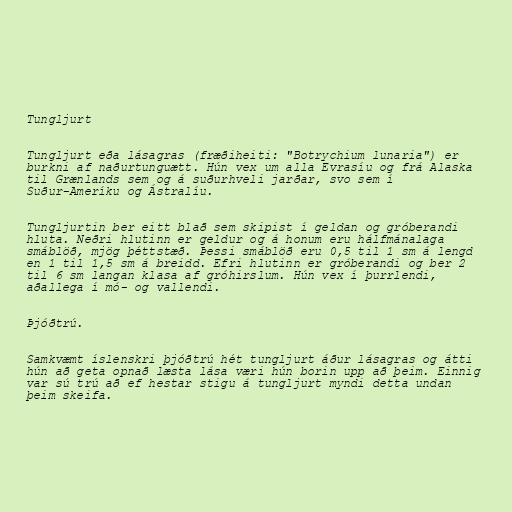
Tungljurt

Tungljurt eða lásagras (fræðiheiti: "Botrychium lunaria") er
burkni af naðurtunguætt. Hún vex um alla Evrasíu og frá Alaska
til Grænlands sem og á suðurhveli jarðar, svo sem í
Suður-Ameríku og Ástralíu.

Tungljurtin ber eitt blað sem skipist í geldan og gróberandi
hluta. Neðri hlutinn er geldur og á honum eru hálfmánalaga
smáblöð, mjög þéttstæð. Þessi smáblöð eru 0,5 til 1 sm á lengd
en 1 til 1,5 sm á breidd. Efri hlutinn er gróberandi og ber 2
til 6 sm langan klasa af gróhirslum. Hún vex í þurrlendi,
aðallega í mó- og vallendi.

Þjóðtrú.

Samkvæmt íslenskri þjóðtrú hét tungljurt áður lásagras og átti
hún að geta opnað læsta lása væri hún borin upp að þeim. Einnig
var sú trú að ef hestar stigu á tungljurt myndi detta undan
þeim skeifa.